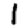
Digit: 1